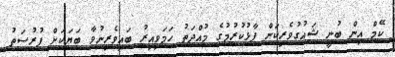
ކޭމް އިން ބުނީ ޝައުގުވެރިކަން ފާޅުކުރުމުގެ މުއްދަތު ހަމަވިއިރު ބައިވެރިނުވާ ބަޔަކަށް ފުރުސަތު